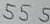
Text: 555